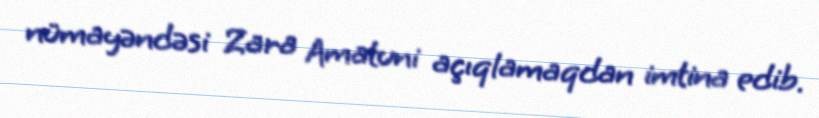
nümayəndəsi Zara Amatuni açıqlamaqdan imtina edib.